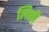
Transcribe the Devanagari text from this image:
लिसी